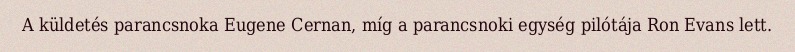
A küldetés parancsnoka Eugene Cernan, míg a parancsnoki egység pilótája Ron Evans lett.